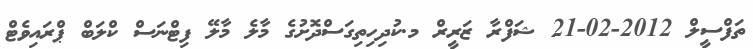
ތަފްސީލް 2012-02-21 ޝަފްރާ ޒަރީރް މ.ކުދިހިތިގަސްދޮށުގެ މާލެ މާލޭ ފިޓްނަސް ކްލަބް ޕްރައިވެޓް